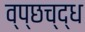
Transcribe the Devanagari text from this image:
व्प्छच्द्ध